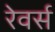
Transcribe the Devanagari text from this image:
रेवर्स